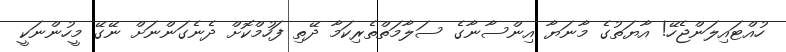
ހުއްޓައިލަންޖެހޭ! އާޔަތުގެ މާނަޔާ އިންސާނާގެ ސަލާމަތްތެރިކަމާ ދޭތި ފަހުމްކޮށް ދެނެގަންނަށް ނޭގޭ މީހުންނަކީ